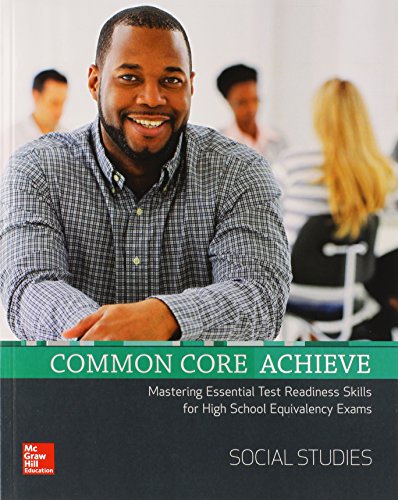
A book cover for Common Core Achieve, Social Studies Subject Module (CCSS FOR ADULT ED); Contemporary; Education & Teaching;